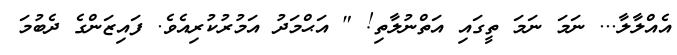
އެއްލާލާ... ނަމަ ނަމަ ތީގައި އަތްނުލާތި! " އަޙްމަދު އަމުރުކުރިއެވެ. ފައިޒަންގެ ދެބުމަ